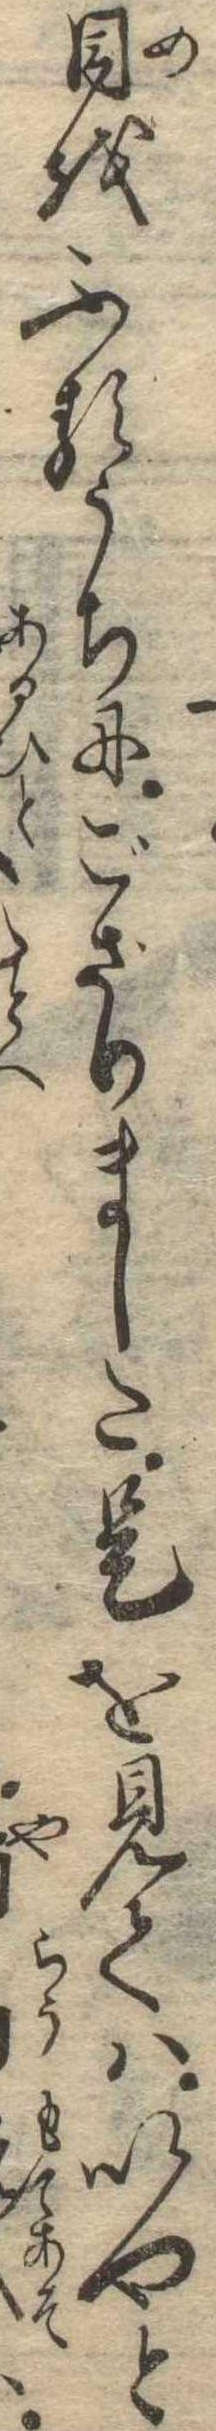
目をふるうちにござりました是を見てはいやと